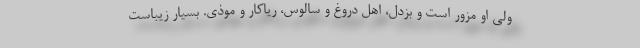
ولی او مزوّر است و بزدل، اهل دروغ و سالوس، ریاکار و موذی. بسیار زیباست